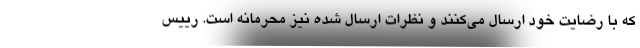
که با رضایت خود ارسال می‌کنند و نظرات ارسال شده نیز محرمانه است. رییس